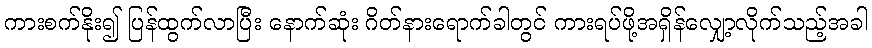
ကားစက်နိုး၍ ပြန်ထွက်လာပြီး နောက်ဆုံး ဂိတ်နားရောက်ခါတွင် ကားရပ်ဖို့အရှိန်လျှော့လိုက်သည့်အခါ